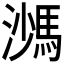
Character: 𩣠